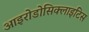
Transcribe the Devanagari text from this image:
आइरोडोसिक्लाइटिस